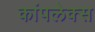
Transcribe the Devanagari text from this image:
कांपलेक्स